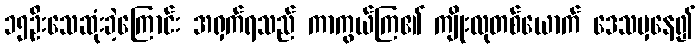
၁၅ဦးသေဆုံးခဲ့ကြောင်း အရှက်ရသည် ကာကွယ်ကြ၏ ကျိုးလုတစ်ယောက် ဒေသမှနေ၍